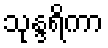
သုန္ဒရိကာ